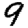
Digit: 9